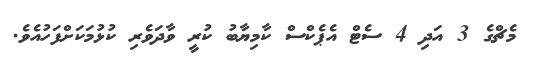
މެޗްގެ 3 އަދި 4 ސެޓް އެޕެކްސް ކާމިޔާބު ކުރީ ވާދަވެރި ކުޅުމަކަށްފަހުއެވެ.